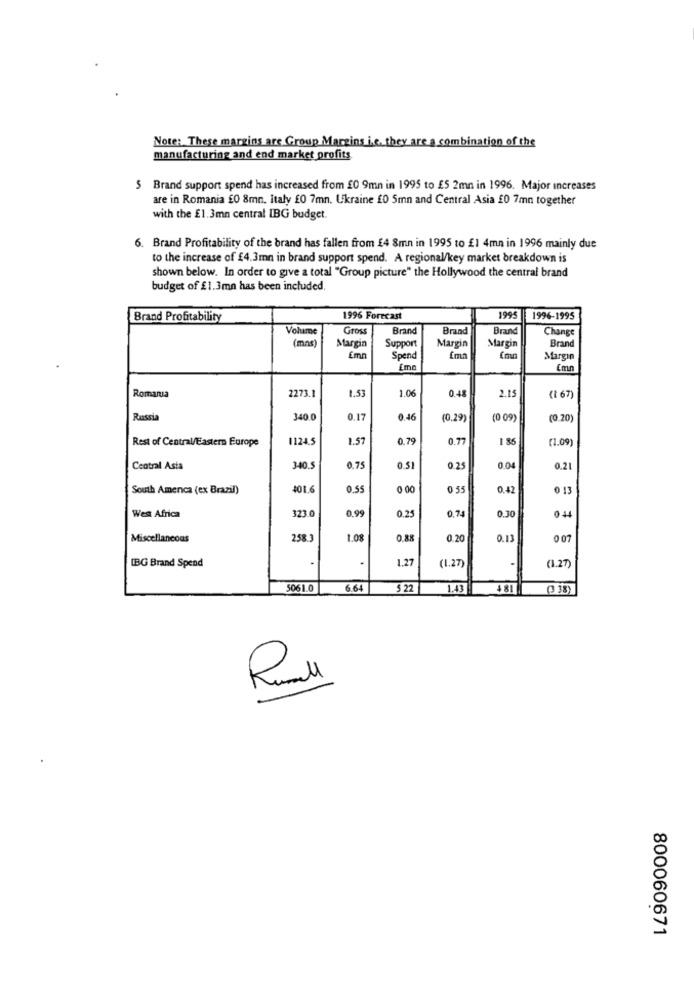
Note: These margins are Group Margins i.e. they are a combination of the
manufacturing and end market profits.
5 Brand support spend has increased from £0 9mn in 1995 to £5 2mn in 1996. Major increases
are in Romania £0 8mn. Italy £0 7mn. Ukraine £0 5mn and Central Asia £0 7mn together
with the £1.3mn central IBG budget.
6. Brand Profitability of the brand has fallen from £4 8mn in 1995 to £1 4mn in 1996 mainly due
to the increase of £4.3mn in brand support spend. A regional/key market breakdown is
shown below. In order to give a total "Group picture" the Hollywood the central brand
budget of £1.3mn has been included.
Brand Profitability
1996 Forecast
1995
1996-1995
Volume
Gross
Brand
Braad
Brand
Change
(mns)
Margin
Support
Margin
Margin
Brand
Emn
Spend
Emn
Margın
Cmn
2273.1
1.53
1.06
0.48
Romania
2.15
(1 67)
Russia
340.0
0.17
0.46
(0.29)
(0 09)
(0.20)
Rest of Central/Eastern Europe
1124.5
1.57
0.79
0.77
1 85
(1.09)
Central Asia
340.S
0.75
0.51
0.25
0.04
0.21
South America (ex Brazil)
401.6
0.55
0 00
0 55
0.42
0 13
0,99
0.74
West Africa
323.0
0.25
0.30
044
Miscellaneous
258
1.08
0.88
0.20
0.13
0 07
IBG Brand Spend
1.27
(1.27)
(1.27)
5061.0
6.64
$ 22
1.43
481
( 38)
800060671